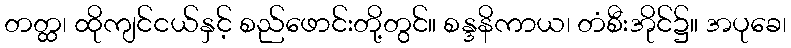
တတ္ထ၊ ထိုကျင်ငယ်နှင့် စည်ဖောင်းတို့တွင်။ စန္ဒနိကာယ၊ တံစီးအိုင်၌။ အပုခေ၊